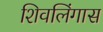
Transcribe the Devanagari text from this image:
शिवलिंगास